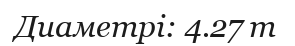
Диаметрі: 4.27 m